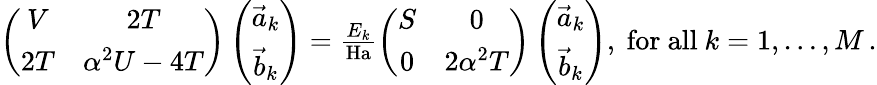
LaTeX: \begin{array}{r}{\left(\begin{array}{cc}{V}&{2T}\\ {2T}&{\alpha^{2}U-4T}\end{array}\right)\left(\begin{array}{c}{\vec{a}_{k}}\\ {\vec{b}_{k}}\end{array}\right)=\frac{E_{k}}{\mathrm{Ha}}\left(\begin{array}{cc}{S}&{0}\\ {0}&{2\alpha^{2}T}\end{array}\right)\left(\begin{array}{c}{\vec{a}_{k}}\\ {\vec{b}_{k}}\end{array}\right),\mathrm{~for~all~}k=1,\dots,M\, .}\end{array}